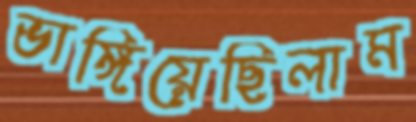
ভাঙ্গিয়েছিলাম